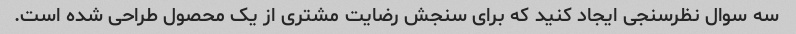
سه سوال نظرسنجی ایجاد کنید که برای سنجش رضایت مشتری از یک محصول طراحی شده است.